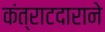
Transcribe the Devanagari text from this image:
कंत्राटदाराने